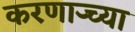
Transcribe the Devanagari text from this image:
करणार्‍च्या